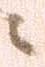
ニ